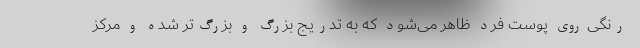
رنگی روی پوست فرد ظاهر می‌شود که به تدریج بزرگ و بزرگ‌تر شده و مرکز